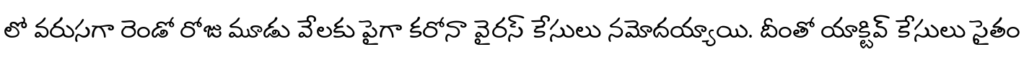
లో వరుసగా రెండో రోజు మూడు వేలకు పైగా కరోనా వైరస్ కేసులు నమోదయ్యాయి. దీంతో యాక్టివ్ కేసులు సైతం